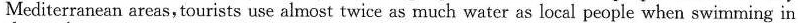
Mediterranean areas,tourists use almost twice as much water as local people when swimming in